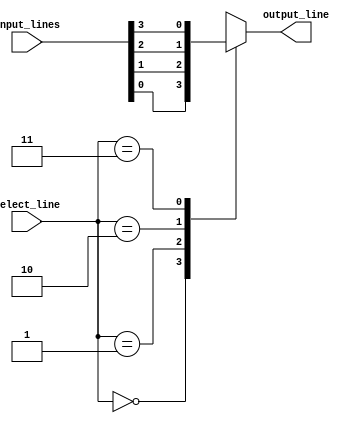
module mux_4to1(
    input [3:0] input_lines,
    input [1:0] select_line,
    output output_line
);

always @(*) begin
    case (select_line)
        2'b00: output_line = input_lines[0];
        2'b01: output_line = input_lines[1];
        2'b10: output_line = input_lines[2];
        2'b11: output_line = input_lines[3];
    endcase
end

endmodule